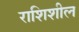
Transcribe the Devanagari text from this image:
राशिशील